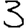
Digit: 3